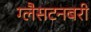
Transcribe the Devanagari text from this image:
ग्लैसटनबरी